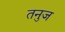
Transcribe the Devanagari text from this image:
तनुज